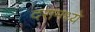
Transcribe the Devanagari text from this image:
दरांमध्ये